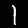
Digit: 1